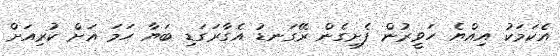
އެކަމަކު އިއްޔެ ހަވީރުން ފެށިގެން ރޭގަނޑު އެގާރަގަޑި ބަޔާ ހަމަ އަށް ކުރިއަށް